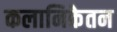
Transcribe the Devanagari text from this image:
कलानिकेतन